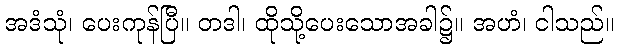
အဒံသုံ၊ ပေးကုန်ပြီ။ တဒါ၊ ထိုသို့ပေးသောအခါ၌။ အဟံ၊ ငါသည်။